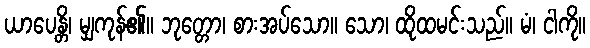
ယာပေန္တိ၊ မျှကုန်၏။ ဘုတ္တော၊ စားအပ်သော။ သော၊ ထိုထမင်းသည်။ မံ၊ ငါကို။